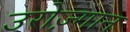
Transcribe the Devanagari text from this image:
उरोज़्गान